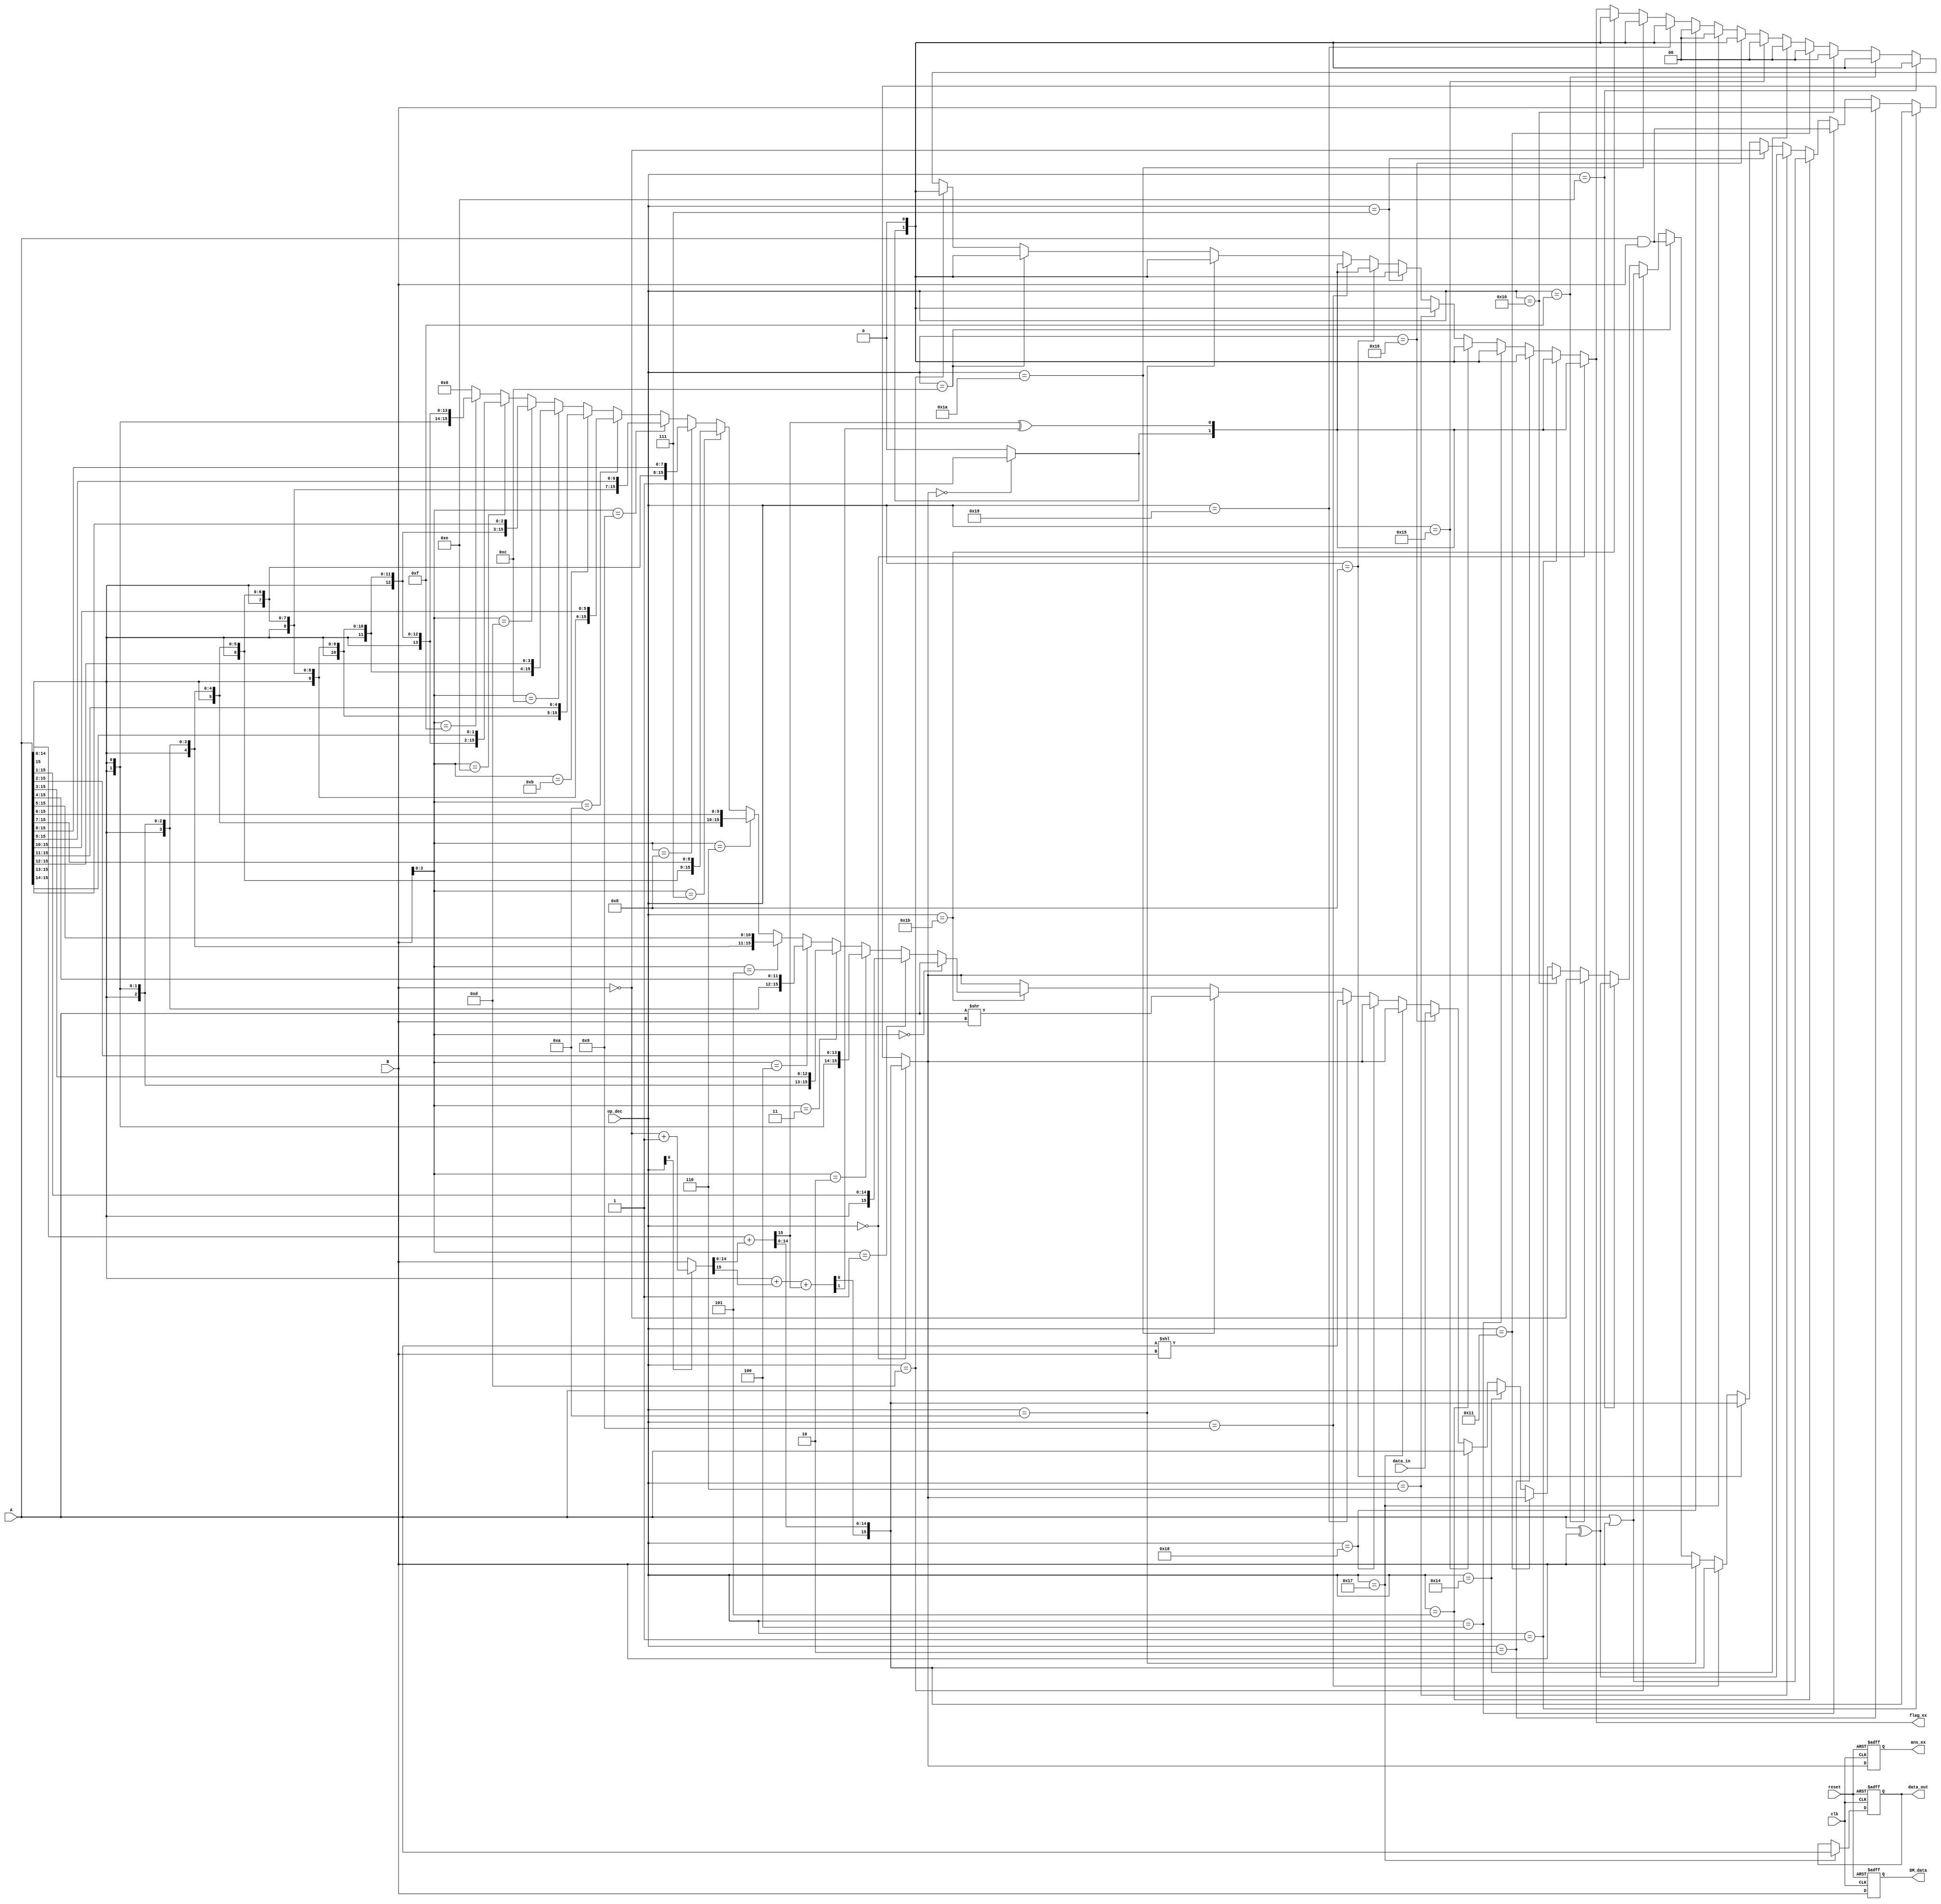
`timescale 1ns / 1ps
//////////////////////////////////////////////////////////////////////////////////
// Company: 
// Engineer: 
// 
// Design Name: 
// Module Name:    ALU 
// Project Name: 
// Target Devices: 
// Tool versions: 
// Description: 
//
// Dependencies: 
//
// Revision: 
// Revision 0.01 - File Created
// Additional Comments: 
//
//////////////////////////////////////////////////////////////////////////////////
module EX_Block(A,B,data_in,op_dec,clk,reset,ans_ex,DM_data,data_out,flag_ex);

input [15:0] A,B,data_in;
input [5:0] op_dec;
input clk,reset;
output reg[15:0] ans_ex,DM_data,data_out;
output [1:0] flag_ex;

wire [15:0] x,y,z,C,AS,ASR,ASS,z1,result;
wire [1:0] del,del1;
wire r,s,sft,C1,C2,r1;
wire [15:0] ans_tmp,data_out_buff;
reg[1:0] flag_prv;



assign result = (op_dec[0]==1'b0) ? B :((op_dec[0]==1'b1) ? ~B + 16'b0000000000000001 : B);
assign {C1,x[14:0]} = A[14:0]+result[14:0];
assign {C2,x[15]}=A[15]+result[15]+C1; 
assign r = C1^C2;


assign C[15:0] = (~B[15:0] + 16'b0000000000000001);


assign ASS=(B[3:0]==4'b0000)?(A):
			 (B[3:0]==4'b0001)?({A[15],A[15:1]}):
			 (B[3:0]==4'b0010)?({{2{A[15]}},A[15:2]}):
			 (B[3:0]==4'b0011)?({{3{A[15]}},A[15:3]}):
			 (B[3:0]==4'b0100)?({{4{A[15]}},A[15:4]}):
			 (B[3:0]==4'b0101)?({{5{A[15]}},A[15:5]}):
			 (B[3:0]==4'b0110)?({{6{A[15]}},A[15:6]}):
			 (B[3:0]==4'b0111)?({{7{A[15]}},A[15:7]}): 
			 (B[3:0]==4'b1000)?({{8{A[15]}},A[15:8]}):
				(B[3:0]==4'b1001)?({{9{A[15]}},A[15:9]}):
				(B[3:0]==4'b1010)?({{10{A[15]}},A[15:10]}):
				(B[3:0]==4'b1011)?({{11{A[15]}},A[15:11]}):
				(B[3:0]==4'b1100)?({{12{A[15]}},A[15:12]}):
				(B[3:0]==4'b1101)?({{13{A[15]}},A[15:13]}):
				(B[3:0]==4'b1110)?({{14{A[15]}},A[15:14]}):
				(B[3:0]==4'b1111)?({{15{A[15]}},A[15]}):0;
				
assign ans_tmp = (op_dec == 6'b000000)?x:
					 ((op_dec == 6'b000001)?x:
					 ((op_dec == 6'b000010)?B:
					 ((op_dec == 6'b000100)?(A&B):
					 ((op_dec == 6'b000101)?(A|B):
					 ((op_dec == 6'b000110)?(A^B):
					 ((op_dec == 6'b000111)?~B:
					 ((op_dec == 6'b001000)?x:
					 ((op_dec == 6'b001001)?x:
					 ((op_dec == 6'b001010)?B:
					 ((op_dec == 6'b001100)?(A&B):
					 ((op_dec == 6'b001101)?(A|B):
					 ((op_dec == 6'b001110)?(A^B):
					 ((op_dec == 6'b001111)?~B:
					 ((op_dec == 6'b010000)?ans_tmp:
					 ((op_dec == 6'b010001)?ans_tmp:
					 ((op_dec == 6'b010100)?A:
					 ((op_dec == 6'b010101)?A:
					 ((op_dec == 6'b010110)?data_in:
					 ((op_dec == 6'b010111)?ans_tmp:
					 ((op_dec == 6'b011000)?ans_tmp:
					 ((op_dec == 6'b011001)?(A<<B):
					 ((op_dec == 6'b011010)?(A>>B):
					 ((op_dec == 6'b011011)?ASS: 
					 ((op_dec == 6'b011100)?ans_tmp:
					 ((op_dec == 6'b011100)?ans_tmp:
					 ((op_dec == 6'b011101)?ans_tmp:
					 ((op_dec == 6'b011110)?ans_tmp:
					 ((op_dec == 6'b011111)?ans_tmp:ans_tmp))))))))))))))))))))))))))));
					 
					 
assign s = (ans_tmp == 16'b0)?1'b1:1'b0;

assign flag_ex =(op_dec == 6'b000000)?{s,r}:
					 ((op_dec == 6'b000001)?{s,r}:
					 ((op_dec == 6'b000010)?{s,1'b0}:
					 ((op_dec == 6'b000100)?{s,1'b0}:
					 ((op_dec == 6'b000101)?{s,1'b0}:
					 ((op_dec == 6'b000110)?{s,1'b0}:
					 ((op_dec == 6'b000111)?{s,1'b0}:
					 ((op_dec == 6'b001000)?{s,r}:
					 ((op_dec == 6'b001001)?{s,r}:
					 ((op_dec == 6'b001010)?{s,1'b0}:
					 ((op_dec == 6'b001100)?{s,1'b0}:
					 ((op_dec == 6'b001101)?{s,1'b0}:
					 ((op_dec == 6'b001110)?{s,1'b0}:
					 ((op_dec == 6'b001111)?{s,1'b0}:
					 ((op_dec == 6'b010000)?{1'b0,1'b0}:
					 ((op_dec == 6'b010001)?{1'b0,1'b0}:
					 ((op_dec == 6'b010100)?{1'b0,1'b0}:
					 ((op_dec == 6'b010101)?{1'b0,1'b0}:
					 ((op_dec == 6'b010110)?{s,1'b0}:
					 ((op_dec == 6'b010111)?{1'b0,1'b0}:
					 ((op_dec == 6'b011000)?{1'b0,1'b0}:
					 ((op_dec == 6'b011001)?{s,1'b0}:
					 ((op_dec == 6'b011010)?{s,1'b0}:
					 ((op_dec == 6'b011011)?{s,1'b0}:
					 ((op_dec == 6'b011100)?flag_ex:
					 ((op_dec == 6'b011100)?flag_ex:
					 ((op_dec == 6'b011101)?flag_ex:
					 ((op_dec == 6'b011110)?flag_ex:
					 ((op_dec == 6'b011111)?flag_ex:flag_ex))))))))))))))))))))))))))));
					 
				
assign data_out_buff = (op_dec == 6'b010111)?A:data_out;
					 
//Register			 
					 
always @(posedge clk,negedge reset)
begin
	if(reset == 1'b0)
	begin
		ans_ex <= 16'b0;
		DM_data <= 16'b0;
		data_out <= 16'b0;
		flag_prv <= 16'b0;
	end
	else
	begin
		ans_ex <= ans_tmp;
		data_out <= data_out_buff;
		DM_data <= B;
		flag_prv <= flag_ex;
	end
end


endmodule